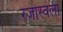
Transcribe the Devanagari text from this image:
रजोस्वला